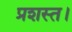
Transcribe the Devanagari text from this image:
प्रशस्त।